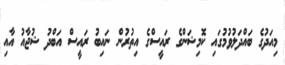
މިއަދުގެ ބައްދަލުވުމުގައި ކޮމިޝަންގެ ރައީސްގެ އިތުރުން ނައިބު ރައީސް އަބްދު ޝުޖާއު އާއި